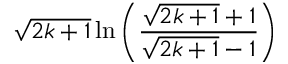
{ \sqrt { 2 k + 1 } } \ln \left( { \frac { { \sqrt { 2 k + 1 } } + 1 } { { \sqrt { 2 k + 1 } } - 1 } } \right)